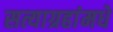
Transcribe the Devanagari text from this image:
सत्याग्रहांमधे